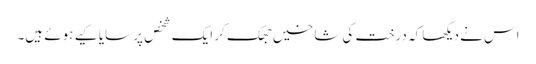
اس نے دیکھا کہ درخت کی شاخیں جھک کر ایک شخص پر سایا کیے ہوئے ہیں۔